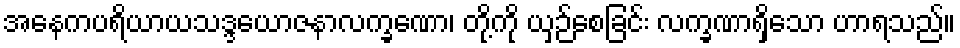
အနေကပရိယာယသဒ္ဒယောဇနာလက္ခဏော၊ တို့ကို ယှဉ်စေခြင်း လက္ခဏာရှိသော ဟာရသည်။